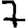
Digit: 7